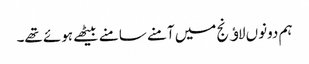
ہم دونوں لاﺅنج میں آمنے سامنے بیٹھے ہوئے تھے۔